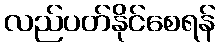
လည်ပတ်နိုင်စေရန်